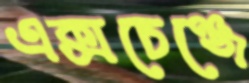
এক্সচেঞ্জে